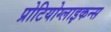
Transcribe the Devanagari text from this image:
प्रोटियोग्लाइकन्स